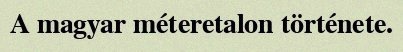
A magyar méteretalon története.